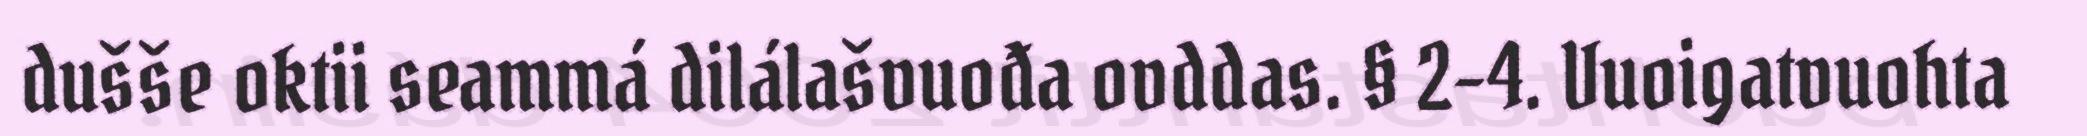
dušše oktii seammá dilálašvuođa ovddas. § 2-4. Vuoigatvuohta